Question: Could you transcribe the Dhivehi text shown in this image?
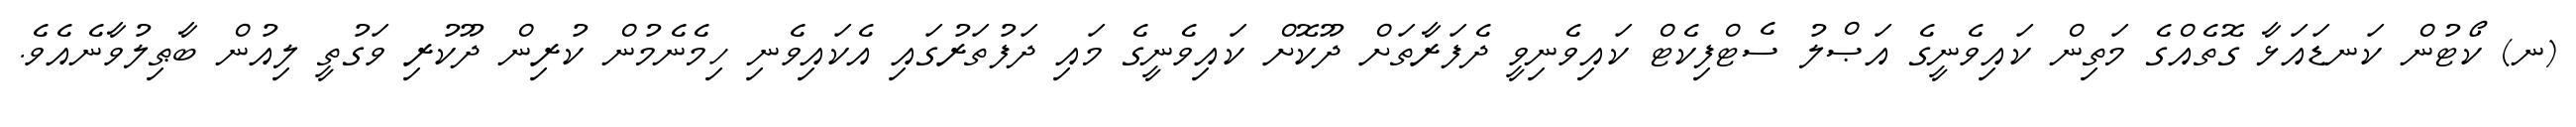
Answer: (ނ) ކޯޓުން ކަނޑައަޅާ ގޮތެއްގެ މަތިން ކައިވެނީގެ އަޞްލު ސެޓްފިކެޓް ކައިވެނިވީ ދެފަރާތަށް ދޫކޮށް ކައިވެނީގެ މައި ދަފުތަރުގައި އެކައިވެނި ހިމެނެމުން ކުރިން ދޫކުރި ވަގުތީ ލިއުން ބާޠިލުވާނެއެވެ.